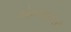
એમઆઈસી